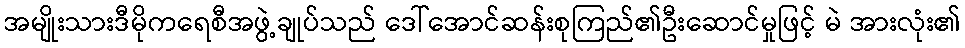
အမျိုးသားဒီမိုကရေစီအဖွဲ့ချုပ်သည် ဒေါ်အောင်ဆန်းစုကြည်၏ဦးဆောင်မှုဖြင့် မဲ အားလုံး၏